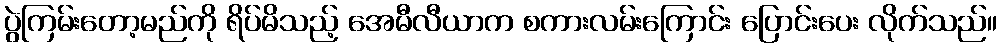
ပွဲကြမ်းတော့မည်ကို ရိပ်မိသည့် အေမီလီယာက စကားလမ်းကြောင်း ပြောင်းပေး လိုက်သည်။